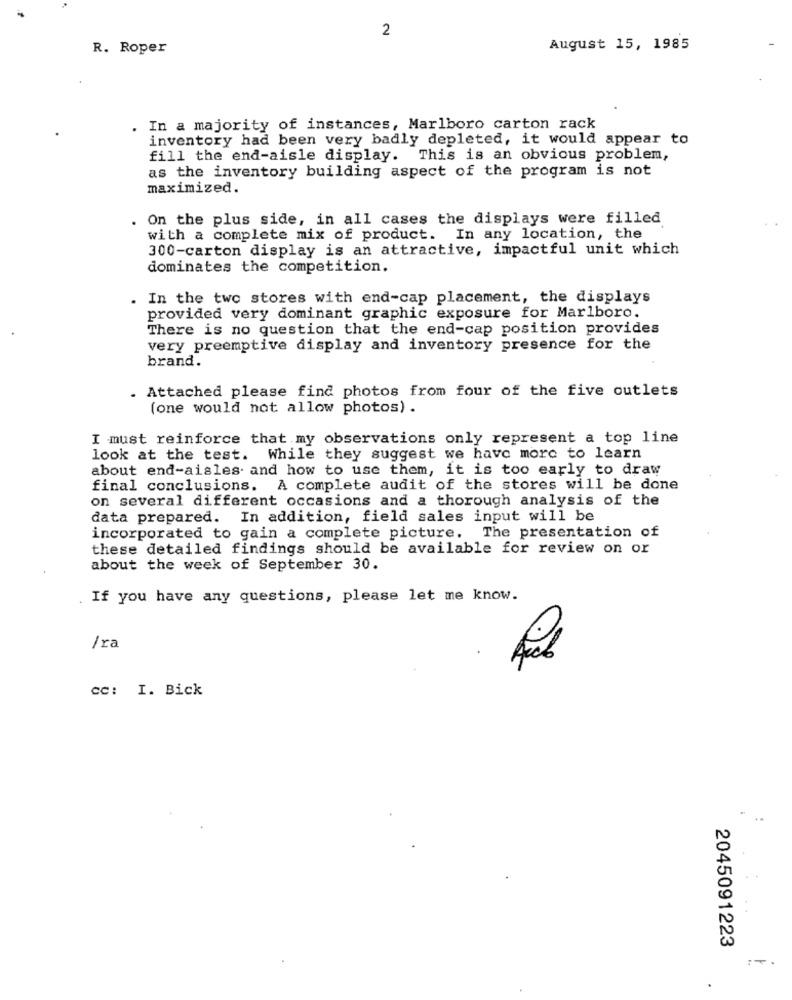
2
R. Roper
August 15, 1985
. In a majority of instances, Marlboro carton rack
inventory had been very badly depleted, it would appear to
fill the end-aisle display. This is an obvious problem,
as the inventory building aspect of the program is not
maximized.
On the plus side, in all cases the displays were filled
with a complete mix of product. In any location, the
300-carton display is an attractive, impactful unit which
dominates the competition.
. In the two stores with end-cap placement, the displays
provided very dominant graphic exposure for Marlboro.
There is no question that the end-cap position provides
very preemptive display and inventory presence for the
brand.
. Attached please find photos from four of the five outlets
(one would not allow photos) .
I must reinforce that my observations only represent a top line
look at the test. While they suggest we have more to learn
about end-aisles and how to use them, it is too early to draw
final conclusions. A complete audit of the stores will be done
on several different occasions and a thorough analysis of the
data prepared. In addition, field sales input will be
incorporated to gain a complete picture. The presentation of
these detailed findings should be available for review on or
about the week of September 30.
If you have any questions, please let me know.
/ra
cc: I. Bick
2045091223